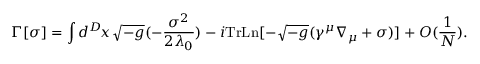
\Gamma [ \sigma ] = \int d ^ { D } \! x \, \sqrt { - g } ( - \frac { \sigma ^ { 2 } } { 2 \lambda _ { 0 } } ) - i \mathrm { T r } \mathrm { L n } [ - \sqrt { - g } ( \gamma ^ { \mu } \nabla _ { \mu } + \sigma ) ] + { \cal O } ( \frac { 1 } { N } ) .